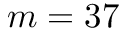
m = 3 7